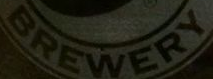
BREWERY